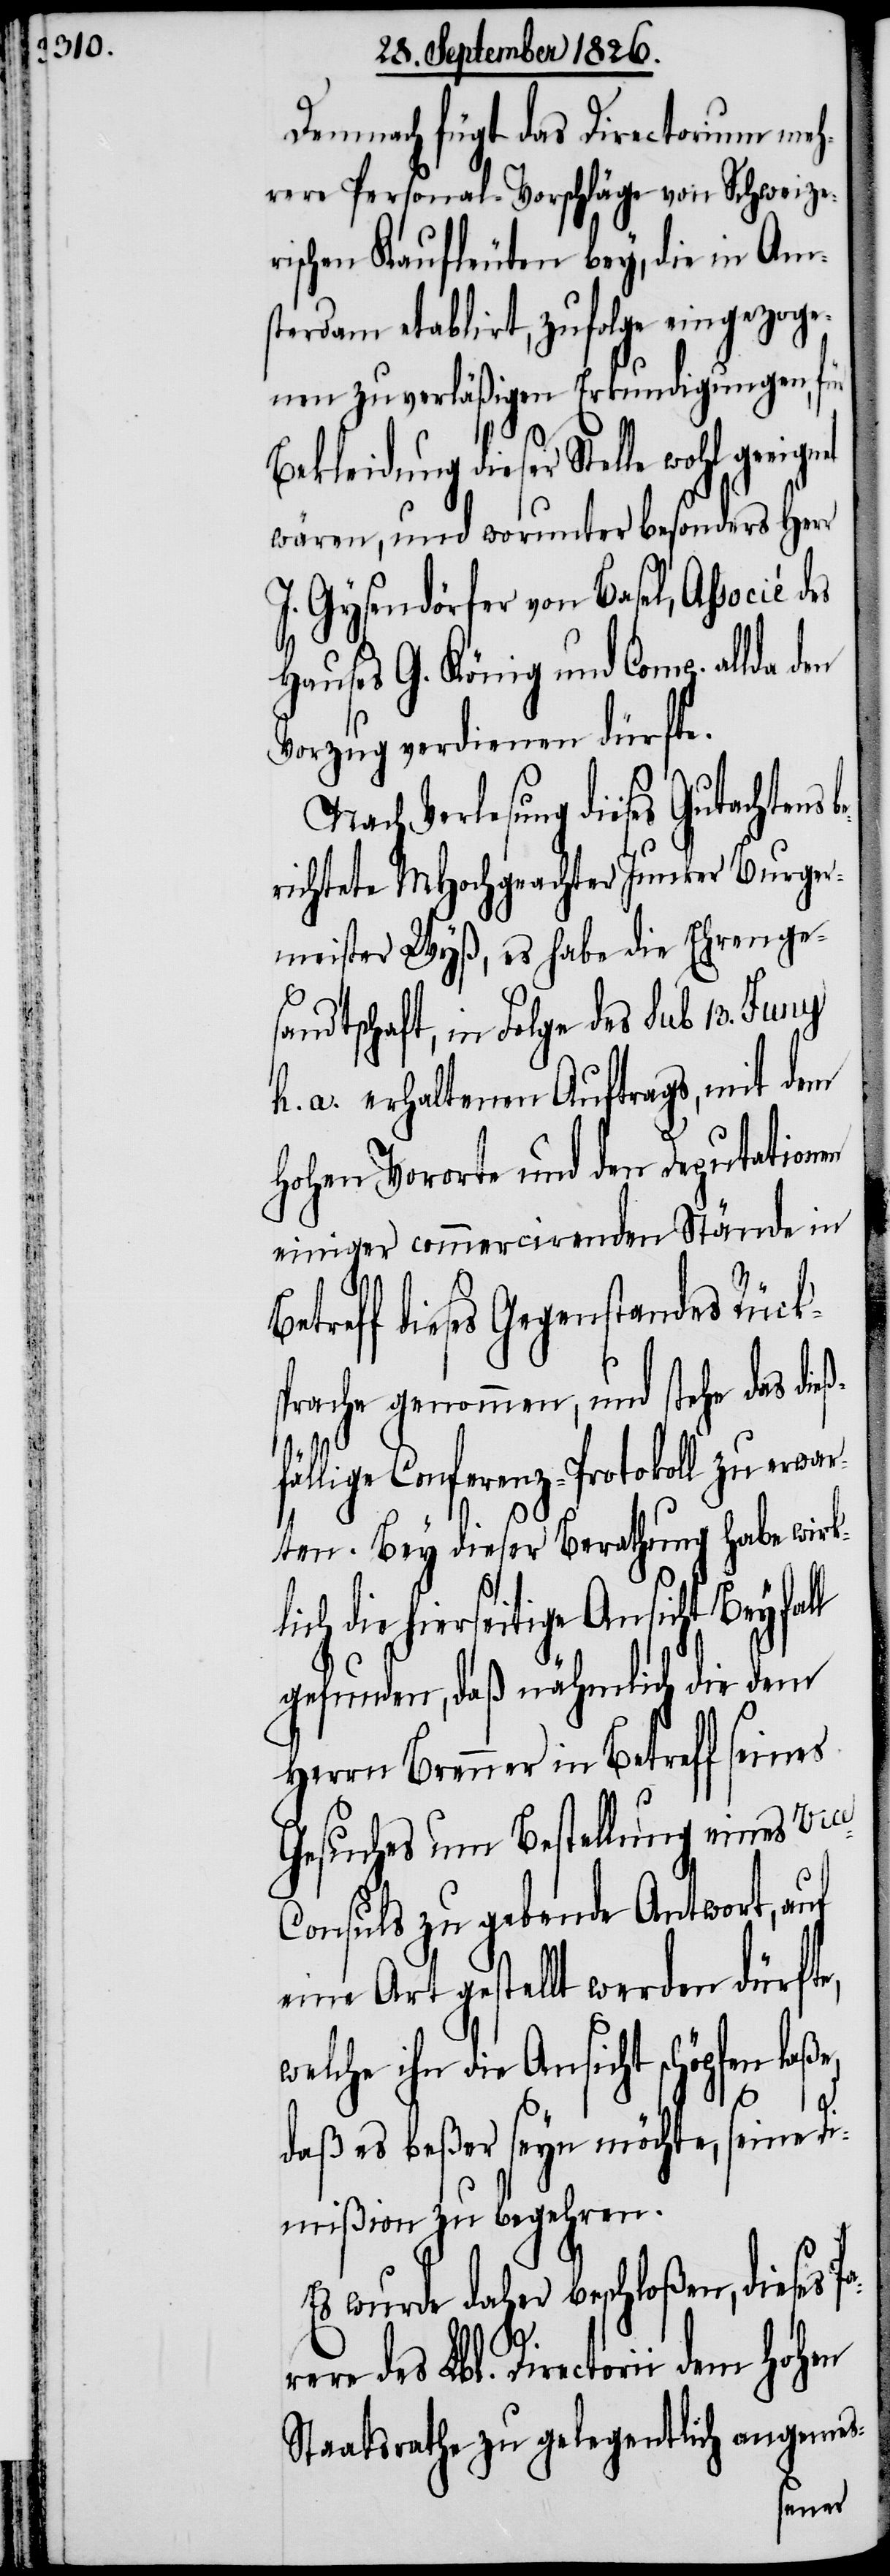
Demnach fügt das Directorium meh¬
rere Personal-Vorschläge von Schweize¬
rischen Kaufleuten bey, die in Am¬
sterdam etablirt, zufolge eingezoge¬
nen zuverläßigen Erkundigungen, für
Bekleidung dieser Stelle
wären, und worunter besonders Herr
J. Gysendörfer von Basel, Associé
Hauses G. König und Comp. allda
Vorzug verdienen dürfte.
Nach Verlesung dieses Gutachtens
richtete MHochgeachter Junker Burger¬
meister Wyß, es habe die Ges¬
andtschaft, in Folge des sub 13. Juny
h. a. erhaltenen Auftrags, mit dem
hohen Vororte und den Deputationen
einiger commercirenden Stände in
treff dieses Gegenstandes Rücks¬
prache genommen, und stehe das dieß¬
fällige Conferenz-Protokoll zu erwar¬
ten. Bey dieser Berathung habe wirkl¬
ich die hierseitige Ansicht Beyfal¬
gefunden, daß nähmlich die dem
Herrn Brenner in Betreff seines
Gesuches um Bestellung eines Vic¬
onsuls zu gebende Antwort, auf
eine Art gestellt werden dürfte,
welche ihn die Ansicht schöpfen laß¬
e,
l
daß es beßer seyn möchte, seine Di¬
mißion zu begehren.
Es wurde daher beschloßen, dieses Pa¬
rere des Lbl. Directorii dem
Staatsrathe zu gelegentlich angemes-